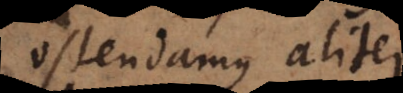
ostendamus, aliter